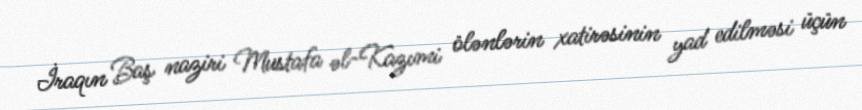
İraqın Baş naziri Mustafa əl-Kazımi ölənlərin xatirəsinin yad edilməsi üçün